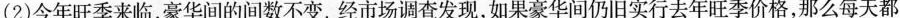
(2)今年旺季来临，豪华间的间数不变。经市场调查发现，如果豪华间仍旧实行去年旺季价格，那么每天